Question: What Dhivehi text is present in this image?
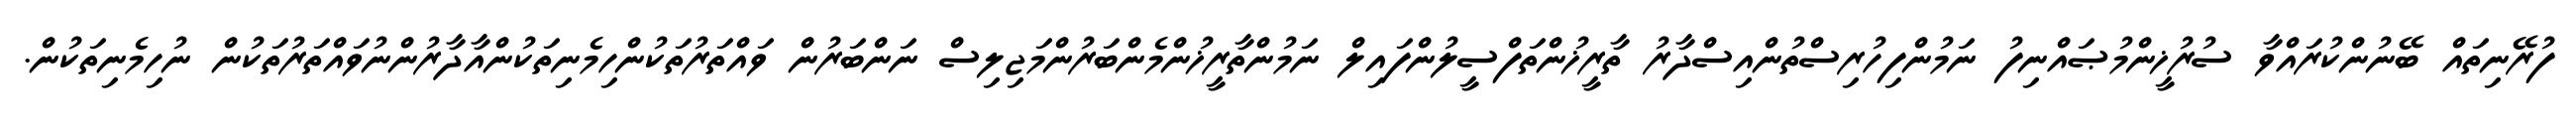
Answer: ފުރޭނިތައް ބޭނުންކުރައްވާ ސުރުޚީންމުޞައްނިފު ނަމުންފިހުރިސްތުންއިސްދާރު ތާރީޚުންތަފްސީލުންފައިލް ނަމުންތާރީޚުންމެންބަރުންމަޖިލިސް ނަންބަރުން ވައްތަރުތަކުންހިމެނިތަކުންއާދާރުންނުވައްތަރުތަކުން ނުހިމެނިތަކުން.